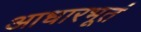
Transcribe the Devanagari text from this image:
आधारभूतं